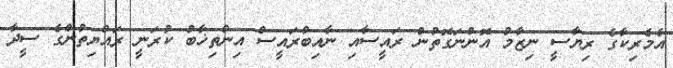
އެމެރިކާގެ ރިޔާސީ ނިޒާމު އޮންނަގޮތުން ރައީސާއި ނާއިބްރައީސް އިންތިޚާބު ކުރަނީ ރައްޔިތުންގެ ސީދާ